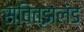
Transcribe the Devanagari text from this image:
स्वित्झलंड